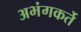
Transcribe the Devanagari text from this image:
अभंगकर्ते